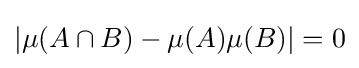
\vert \mu (A\cap B)-\mu (A)\mu (B)\vert =0